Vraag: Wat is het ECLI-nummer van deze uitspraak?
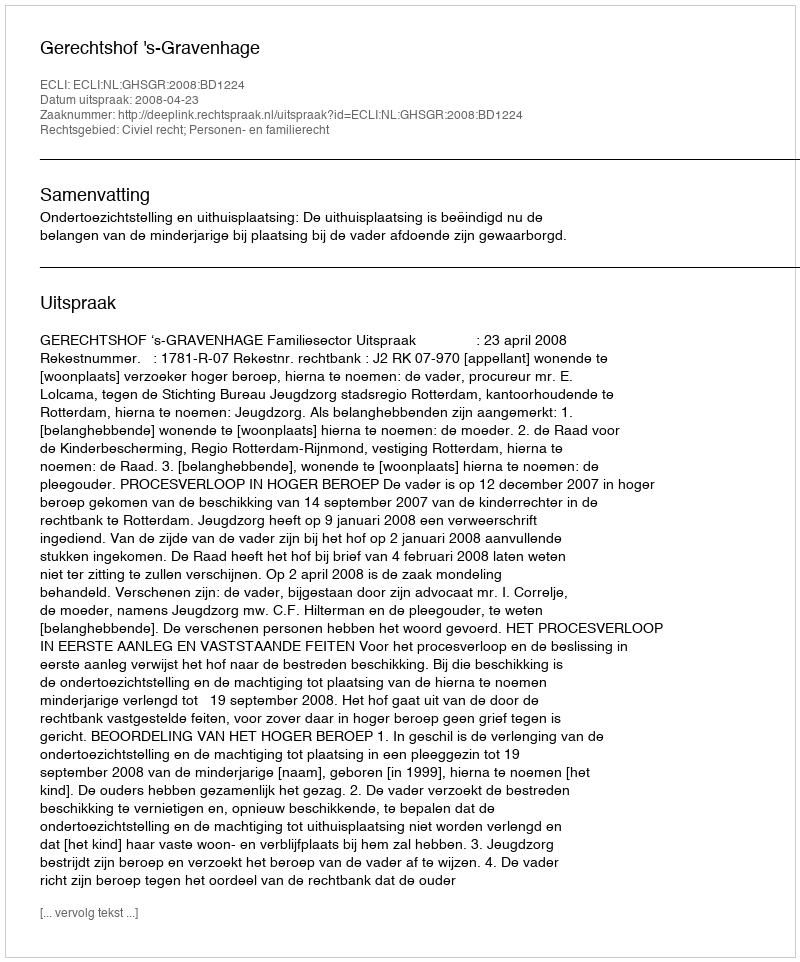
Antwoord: ECLI:NL:GHSGR:2008:BD1224